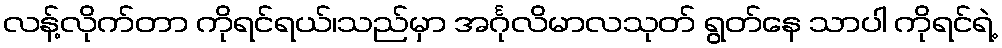
လန့်လိုက်တာ ကိုရင်ရယ်၊သည်မှာ အင်္ဂုလိမာလသုတ် ရွတ်နေ သာပါ ကိုရင်ရဲ့